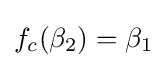
f_{c}(\beta _{2})=\beta _{1}